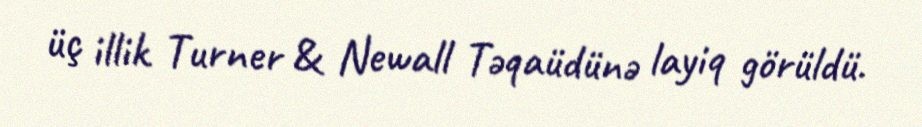
üç illik Turner & Newall Təqaüdünə layiq görüldü.